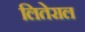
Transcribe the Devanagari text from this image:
लितेराल